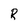
Character: R